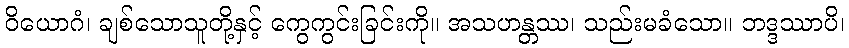
ဝိယောဂံ၊ ချစ်သောသူတို့နှင့် ကွေကွင်းခြင်းကို။ အသဟန္တဿ၊ သည်းမခံသော။ ဘဒ္ဒဿာပိ၊